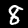
Label: 8